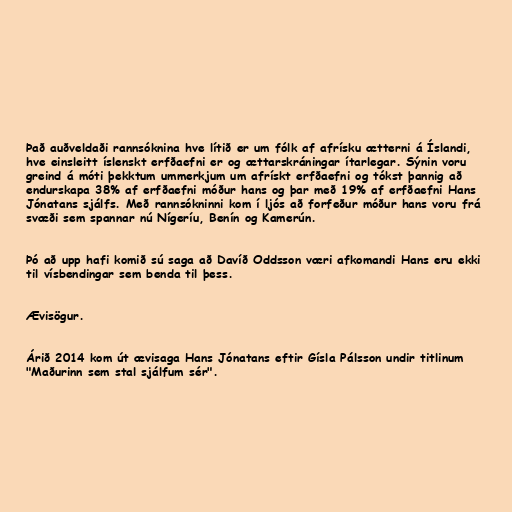
Það auðveldaði rannsóknina hve lítið er um fólk af afrísku ætterni á Íslandi,
hve einsleitt íslenskt erfðaefni er og ættarskráningar ítarlegar. Sýnin voru
greind á móti þekktum ummerkjum um afrískt erfðaefni og tókst þannig að
endurskapa 38% af erfðaefni móður hans og þar með 19% af erfðaefni Hans
Jónatans sjálfs. Með rannsókninni kom í ljós að forfeður móður hans voru frá
svæði sem spannar nú Nígeríu, Benín og Kamerún.

Þó að upp hafi komið sú saga að Davíð Oddsson væri afkomandi Hans eru ekki
til vísbendingar sem benda til þess.

Ævisögur.

Árið 2014 kom út ævisaga Hans Jónatans eftir Gísla Pálsson undir titlinum
"Maðurinn sem stal sjálfum sér".